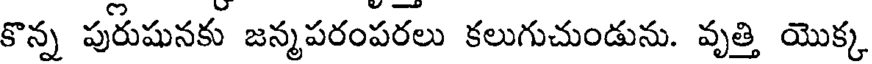
కొన్న పురుషునకు జన్మపరంపరలు కలుగుచుండును. వృత్తి యొక్క